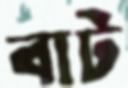
বাট